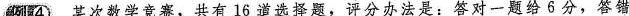
例④ 某次数学竞赛，共有16道选择题，评分办法是：答对一题给6分，答错